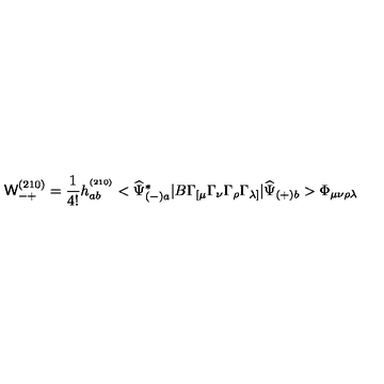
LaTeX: { \mathsf W } _ { - + } ^ { ( 2 1 0 ) } = \frac { 1 } { 4 ! } h _ { a b } ^ { ^ { ( 2 1 0 ) } } < \widehat { \Psi } _ { ( - ) a } ^ { * } | B \Gamma _ { [ \mu } \Gamma _ { \nu } \Gamma _ { \rho } \Gamma _ { \lambda ] } | \widehat { \Psi } _ { ( + ) b } > \Phi _ { \mu \nu \rho \lambda }